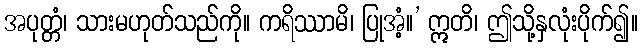
အပုတ္တံ၊ သားမဟုတ်သည်ကို။ ကရိဿာမိ၊ ပြုအံ့။’ ဣတိ၊ ဤသို့နှလုံးပိုက်၍။